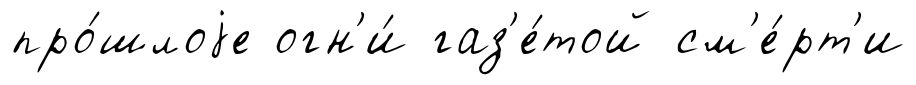
про́шлоjе огн'и́ газ'е́той см'е́рт'и